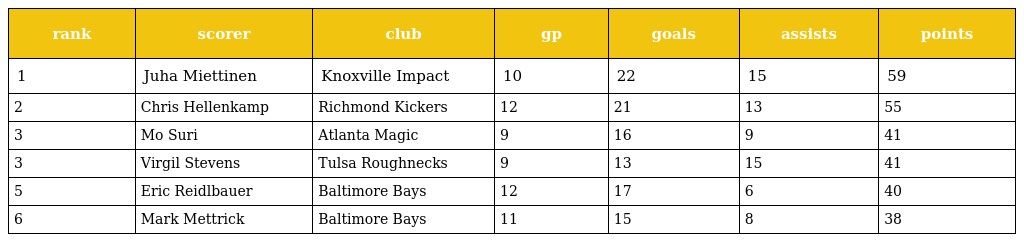
| rank | scorer | club | gp | goals | assists | points |
 | --- | --- | --- | --- | --- | --- | --- |
 | 1 | Juha Miettinen | Knoxville Impact | 10 | 22 | 15 | 59 |
 | 2 | Chris Hellenkamp | Richmond Kickers | 12 | 21 | 13 | 55 |
 | 3 | Mo Suri | Atlanta Magic | 9 | 16 | 9 | 41 |
 | 3 | Virgil Stevens | Tulsa Roughnecks | 9 | 13 | 15 | 41 |
 | 5 | Eric Reidlbauer | Baltimore Bays | 12 | 17 | 6 | 40 |
 | 6 | Mark Mettrick | Baltimore Bays | 11 | 15 | 8 | 38 |